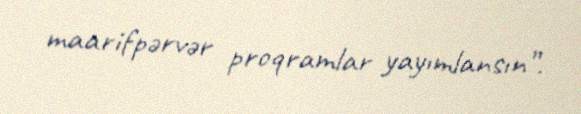
maarifpərvər proqramlar yayımlansın”.